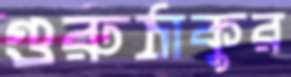
গুরুঠাকুর